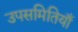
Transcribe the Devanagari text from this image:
उपसमितियाँ